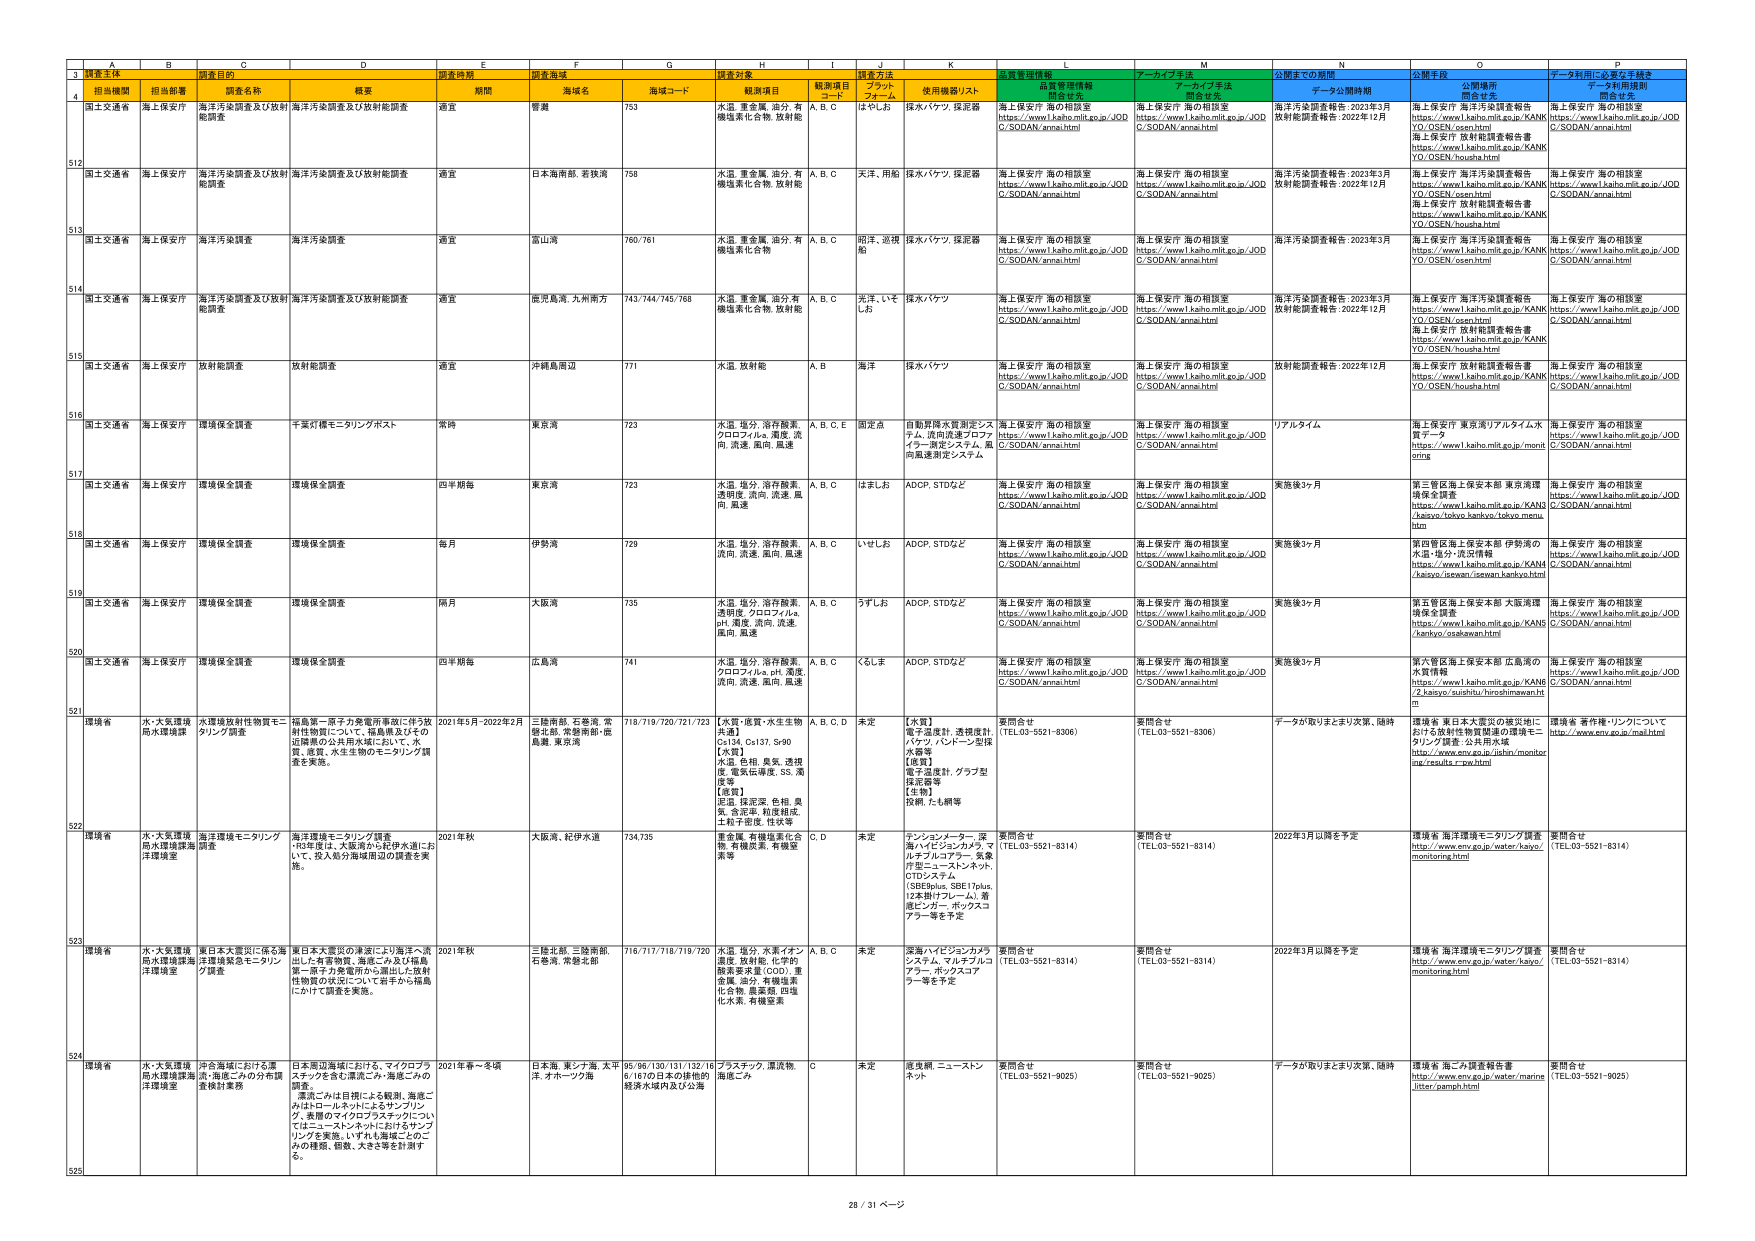
A3: 調査主体
B3: 調査目的
C3: 調査頻度
D3: 調査海域
E3: 調査対象
F3: 調査項目
G3: 観測項目コード
H3: 使用機器リスト
I3: 水質管理情報
J3: アーカイブ方法
K3: 公開までの期間
L3: 公開手段
M3: データ利用に必要な手続き

A4: 国土交通省
B4: 海上保安庁
C4: 海洋汚染調査及び放射能調査
D4: 適宜
E4: 管轄
F4: 753
G4: 水温、重金屬、油分、有機塩素化合物、放射能
H4: A, B, C
I4: はやしわ
J4: 採水バケツ、採泥器
K4: 海上保安庁 海の相談室 https://www1.kaiho.mlit.go.jp/JODC/SODAN/annai.html
L4: 海上保安庁 海の相談室 https://www1.kaiho.mlit.go.jp/JODC/SODAN/annai.html
M4: 海洋汚染調査報告：2023年3月 放射能調査報告：2022年12月
N4: 海上保安庁 海洋汚染調査報告 https://www1.kaiho.mlit.go.jp/KANKYO/OSEN/osen.html 海上保安庁 放射能調査報告書 https://www1.kaiho.mlit.go.jp/KANKYO/OSEN/housha.html
O4: 海上保安庁 海の相談室 https://www1.kaiho.mlit.go.jp/JODC/SODAN/annai.html

A512: 国土交通省
B512: 海上保安庁
C512: 海洋汚染調査及び放射能調査
D512: 適宜
E512: 日本海南部、若狭湾
F512: 758
G512: 水温、重金屬、油分、有機塩素化合物、放射能
H512: A, B, C
I512: 天洋、用船
J512: 採水バケツ、採泥器
K512: 海上保安庁 海の相談室 https://www1.kaiho.mlit.go.jp/JODC/SODAN/annai.html
L512: 海上保安庁 海の相談室 https://www1.kaiho.mlit.go.jp/JODC/SODAN/annai.html
M512: 海洋汚染調査報告：2023年3月 放射能調査報告：2022年12月
N512: 海上保安庁 海洋汚染調査報告 https://www1.kaiho.mlit.go.jp/KANKYO/OSEN/osen.html 海上保安庁 放射能調査報告書 https://www1.kaiho.mlit.go.jp/KANKYO/OSEN/housha.html
O512: 海上保安庁 海の相談室 https://www1.kaiho.mlit.go.jp/JODC/SODAN/annai.html

A513: 国土交通省
B513: 海上保安庁
C513: 海洋汚染調査
D513: 適宜
E513: 富山湾
F513: 760/761
G513: 水温、重金屬、油分、有機塩素化合物
H513: A, B, C
I513: 祖洋、近機船
J513: 採水バケツ、採泥器
K513: 海上保安庁 海の相談室 https://www1.kaiho.mlit.go.jp/JODC/SODAN/annai.html
L513: 海上保安庁 海の相談室 https://www1.kaiho.mlit.go.jp/JODC/SODAN/annai.html
M513: 海洋汚染調査報告：2023年3月
N513: 海上保安庁 海洋汚染調査報告 https://www1.kaiho.mlit.go.jp/KANKYO/OSEN/osen.html
O513: 海上保安庁 海の相談室 https://www1.kaiho.mlit.go.jp/JODC/SODAN/annai.html

A514: 国土交通省
B514: 海上保安庁
C514: 海洋汚染調査及び放射能調査
D514: 適宜
E514: 鹿児島湾、九州南方
F514: 743/744/745/768
G514: 水温、重金屬、油分、有機塩素化合物、放射能
H514: A, B, C
I514: 光洋、いそしわ
J514: 採水バケツ
K514: 海上保安庁 海の相談室 https://www1.kaiho.mlit.go.jp/JODC/SODAN/annai.html
L514: 海上保安庁 海の相談室 https://www1.kaiho.mlit.go.jp/JODC/SODAN/annai.html
M514: 海洋汚染調査報告：2023年3月 放射能調査報告：2022年12月
N514: 海上保安庁 海洋汚染調査報告 https://www1.kaiho.mlit.go.jp/KANKYO/OSEN/osen.html 海上保安庁 放射能調査報告書 https://www1.kaiho.mlit.go.jp/KANKYO/OSEN/housha.html
O514: 海上保安庁 海の相談室 https://www1.kaiho.mlit.go.jp/JODC/SODAN/annai.html

A515: 国土交通省
B515: 海上保安庁
C515: 放射能調査
D515: 適宜
E515: 沖縄島周辺
F515: 771
G515: 水温、放射能
H515: A, B
I515: 海洋
J515: 採水バケツ
K515: 海上保安庁 海の相談室 https://www1.kaiho.mlit.go.jp/JODC/SODAN/annai.html
L515: 海上保安庁 海の相談室 https://www1.kaiho.mlit.go.jp/JODC/SODAN/annai.html
M515: 放射能調査報告：2022年12月
N515: 海上保安庁 放射能調査報告書 https://www1.kaiho.mlit.go.jp/KANKYO/OSEN/housha.html
O515: 海上保安庁 海の相談室 https://www1.kaiho.mlit.go.jp/JODC/SODAN/annai.html

A516: 国土交通省
B516: 海上保安庁
C516: 環境保全調査
D516: 常時
E516: 東京湾
F516: 723
G516: 水温、塩分、溶存酸素、クロロフィルa、濁度、流向、流速、風向、風速
H516: A, B, C, E
I516: 固定点
J516: 自動昇降水質測定システム、流向流速プロファイラー、波浪システム、風向風速測定システム
K516: 海上保安庁 海の相談室 https://www1.kaiho.mlit.go.jp/JODC/SODAN/annai.html
L516: 海上保安庁 海の相談室 https://www1.kaiho.mlit.go.jp/JODC/SODAN/annai.html
M516: リアルタイム
N516: 海上保安庁 東京湾リアルタイム水質データ https://www1.kaiho.mlit.go.jp/monitoring
O516: 海上保安庁 海の相談室 https://www1.kaiho.mlit.go.jp/JODC/SODAN/annai.html

A517: 国土交通省
B517: 海上保安庁
C517: 環境保全調査
D517: 四半期毎
E517: 東京湾
F517: 723
G517: 水温、塩分、溶存酸素、透明度、流向、流速、風向、風速
H517: A, B, C
I517: はましお
J517: ADCP, STDなど
K517: 海上保安庁 海の相談室 https://www1.kaiho.mlit.go.jp/JODC/SODAN/annai.html
L517: 海上保安庁 海の相談室 https://www1.kaiho.mlit.go.jp/JODC/SODAN/annai.html
M517: 実施後3ヶ月
N517: 第三管区海上保安本部 東京湾環境保全調査 https://www1.kaiho.mlit.go.jp/KANKYOKAISYO/tokyo/kankyo/tokyo-menu.htm
O517: 海上保安庁 海の相談室 https://www1.kaiho.mlit.go.jp/JODC/SODAN/annai.html

A518: 国土交通省
B518: 海上保安庁
C518: 環境保全調査
D518: 毎月
E518: 伊勢湾
F518: 729
G518: 水温、塩分、溶存酸素、流向、流速、風向、風速
H518: A, B, C
I518: いせしお
J518: ADCP, STDなど
K518: 海上保安庁 海の相談室 https://www1.kaiho.mlit.go.jp/JODC/SODAN/annai.html
L518: 海上保安庁 海の相談室 https://www1.kaiho.mlit.go.jp/JODC/SODAN/annai.html
M518: 実施後3ヶ月
N518: 第四管区海上保安本部 伊勢湾の水質・塩分・流況情報 https://www1.kaiho.mlit.go.jp/KANKYOKAISYO/isewan/kankyo.html
O518: 海上保安庁 海の相談室 https://www1.kaiho.mlit.go.jp/JODC/SODAN/annai.html

A519: 国土交通省
B519: 海上保安庁
C519: 環境保全調査
D519: 隔月
E519: 大阪湾
F519: 735
G519: 水温、塩分、溶存酸素、透明度、クロロフィルa、pH、濁度、流向、流速、風向、風速
H519: A, B, C
I519: うずしお
J519: ADCP, STDなど
K519: 海上保安庁 海の相談室 https://www1.kaiho.mlit.go.jp/JODC/SODAN/annai.html
L519: 海上保安庁 海の相談室 https://www1.kaiho.mlit.go.jp/JODC/SODAN/annai.html
M519: 実施後3ヶ月
N519: 第五管区海上保安本部 大阪湾環境保全調査 https://www1.kaiho.mlit.go.jp/KANKYOKAISYO/osakawan.html
O519: 海上保安庁 海の相談室 https://www1.kaiho.mlit.go.jp/JODC/SODAN/annai.html

A520: 国土交通省
B520: 海上保安庁
C520: 環境保全調査
D520: 四半期毎
E520: 広島湾
F520: 741
G520: 水温、塩分、溶存酸素、クロロフィルa、pH、濁度、流向、流速、風向、風速
H520: A, B, C
I520: くらま
J520: ADCP, STDなど
K520: 海上保安庁 海の相談室 https://www1.kaiho.mlit.go.jp/JODC/SODAN/annai.html
L520: 海上保安庁 海の相談室 https://www1.kaiho.mlit.go.jp/JODC/SODAN/annai.html
M520: 実施後3ヶ月
N520: 第六管区海上保安本部 広島湾の水質情報 https://www1.kaiho.mlit.go.jp/KANKYOKAISYO/suishitu/hiroshimawan.html
O520: 海上保安庁 海の相談室 https://www1.kaiho.mlit.go.jp/JODC/SODAN/annai.html

A521: 環境省
B521: 水・大気環境局水環境課
C521: 水環境放射性物質モニタリング調査
D521: 2021年5月-2022年2月
E521: 三陸南部、石巻湾、常磐北部、常磐南部、能島灣、東京湾
F521: 718/719/720/721/723
G521: 【水質・底質・水生生物】水温、Cs134、Cs137、Sr90、【水質】水温、色相、臭気、透明度、電気伝導度、SS、濁度等、【底質】泥温、採泥深、色相、臭気、含泥率、粒度組成、上粒子密度、性状等
H521: A, B, C, D
I521: 未定
J521: 【水質】電子温度計、透明度計、バケツ、パントン型採水器等、【底質】電子温度計、グラブ型採泥器等、【生物】投網、たも網等
K521: 要問合せ (TEL:03-5521-8306)
L521: 要問合せ (TEL:03-5521-8306)
M521: データが取りまとまり次第、随時
N521: 環境省 東日本大震災の被災地における放射性物質調査の環境モニタリング調査・公共用水域 https://www.env.go.jp/jishin/monitoring/results_cpage.html
O521: 環境省 著作権・リンクについて http://www.env.go.jp/machin/

A522: 環境省
B522: 水・大気環境局水環境課海洋環境室
C522: 海洋環境モニタリング調査
D522: 2021年秋
E522: 大阪湾、紀伊水道
F522: 734/735
G522: 重金屬、有機塩素化合物、有機炭素、有機窒素等
H522: C, D
I522: 未定
J522: テンションメーター、深海ハイビジョンカメラ、マルチフルコアサンプラー、各種浮標型ニューネット、CTDシステム（SBE9plus, SBE17plus, 12本掛けフレーム）、着底ビンガー、ポックスコアラー等を予定
K522: 要問合せ (TEL:03-5521-8314)
L522: 要問合せ (TEL:03-5521-8314)
M522: 2022年3月以降を予定
N522: 環境省 海洋環境モニタリング調査 http://www.env.go.jp/water/kaiyo/monitoring.html
O522: 要問合せ (TEL:03-5521-8314)

A523: 環境省
B523: 水・大気環境局水環境課海洋環境室
C523: 東日本大震災に係る海洋環境緊急モニタリング調査
D523: 2021年秋
E523: 三陸北部、三陸南部、石巻湾、常磐北部
F523: 716/717/718/719/720
G523: 水温、塩分、水素イオン濃度、放射能、化学的酸素要求量(COD)、重金屬、油分、有機塩素化合物、農薬類、四塩化炭素、有機窒素
H523: A, B, C
I523: 未定
J523: 深海ハイビジョンカメラ、システム、マルチフルコアサンプラー、ポックスコアラー等を予定
K523: 要問合せ (TEL:03-5521-8314)
L523: 要問合せ (TEL:03-5521-8314)
M523: 2022年3月以降を予定
N523: 環境省 海洋環境モニタリング調査 http://www.env.go.jp/water/kaiyo/monitoring.html
O523: 要問合せ (TEL:03-5521-8314)

A524: 環境省
B524: 水・大気環境局水環境課海洋環境室
C524: 洋合海域における海洋・海底ごみの分布調査検討業務
D524: 2021年春～冬頃
E524: 日本海、東シナ海、太平洋、オホーツク海
F524: 95/96/130/131/132/166/167の日本の排他的経済水域内及び公海
G524: プラスチック、漂流物、海底ごみ
H524: C
I524: 未定
J524: 底曳網、ニューネットネット
K524: 要問合せ (TEL:03-5521-9025)
L524: 要問合せ (TEL:03-5521-9025)
M524: データが取りまとまり次第、随時
N524: 環境省 海ごみ調査報告書 http://www.env.go.jp/water/marine/litter/pamph.html
O524: 要問合せ (TEL:03-5521-9025)

A525: (空欄)
B525: (空欄)
C525: (空欄)
D525: (空欄)
E525: (空欄)
F525: (空欄)
G525: (空欄)
H525: (空欄)
I525: (空欄)
J525: (空欄)
K525: (空欄)
L525: (空欄)
M525: (空欄)
N525: (空欄)
O525: (空欄)

ページ番号: 28 / 31 ページ